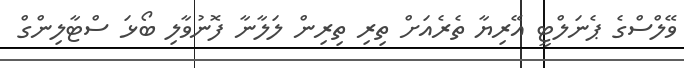
ވޭލްސްގެ ޕެނަލްޓީ އޭރިޔާ ތެރެއަށް ތިރި ތިރިން ލަލާނާ ފޮނުވާލި ބޯޅަ ސްޓާލިންގް